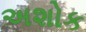
અશોક